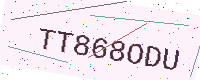
Text: TT868ODU